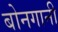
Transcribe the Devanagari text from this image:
बोनगानी